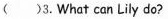
( )3.What can Lily do?